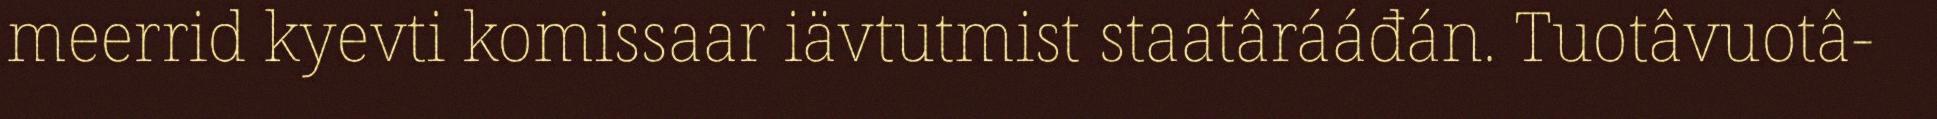
meerrid kyevti komissaar iävtutmist staatârááđán. Tuotâvuotâ-